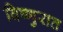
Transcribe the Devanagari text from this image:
विष्णुरात